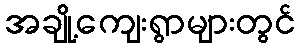
အချို့ကျေးရွာများတွင်